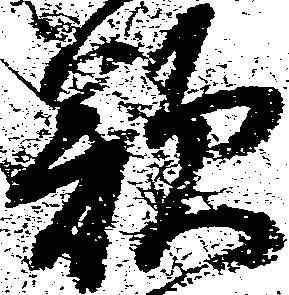
歎